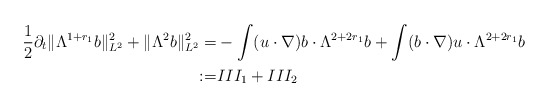
\begin{align*}\frac{1}{2}\partial_{t} \lVert \Lambda^{1+r_{1}}b\rVert_{L^{2}}^{2} + \lVert \Lambda^{2} b\rVert_{L^{2}}^{2} =& -\int (u\cdot\nabla) b\cdot\Lambda^{2+2r_{1}} b + \int (b\cdot\nabla) u \cdot \Lambda^{2+2r_{1}} b\\:=& III_{1} + III_{2} \end{align*}